Vital statistics of India. Vol. IV, Annual returns from 1871 to 1876. British Army of India, Native Army and jails of Bengal
Year: 1871
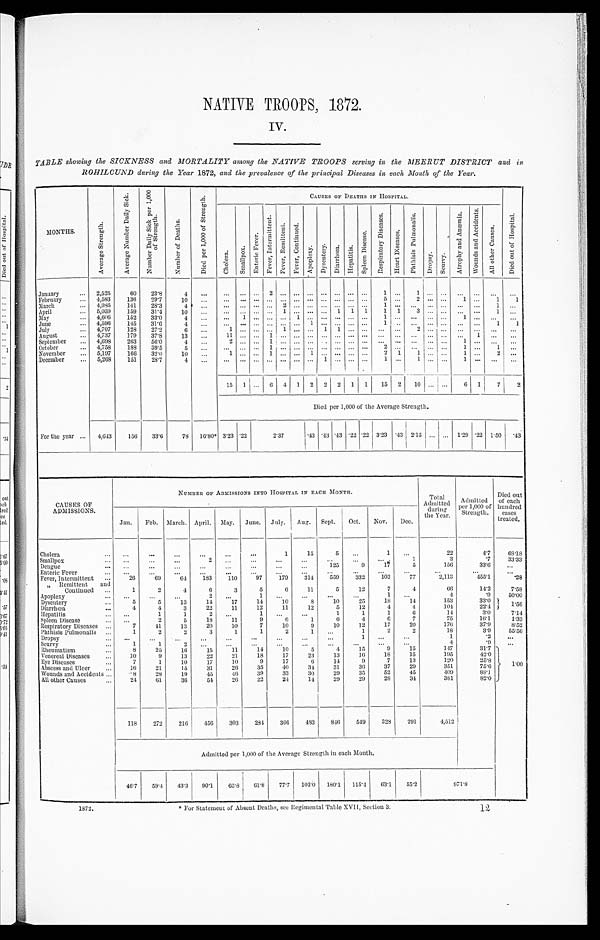
NATIVE TROOPS, 1872.
TABLE showing the SICKNESS and MORTALITY among the NATIVE TROOPS serving in the MEERUT DISTRICT and in
ROHILCUND during the Year 1872, and the prevalence of the principal Diseases in each Month of the Year.
MONTHS.
A v e r a g e S t r e n g t h .
A v e r a g e N u m b e r D a i l y S i c k .
N u m b e r D a i l y S i c k p e r 1 , 0 0 0 o f S t r e n g t h .
N u m b e r o f D e a t h s .
D i e d p e r 1 , 0 0 0 o f S t r e n g t h .
C A U S E S O F D E A T H S I N H O S P I T A L .
D i e d o u t o f H o s p i t a l .
C h o l e r a .
S ma l l p o x .
E n t e r i c F e v e r .
F e v e r , I n t e r m i t t e n t .
F e v e r , R e m i t t e n t .
F e v e r , C o n t i n u e d .
A p o p l e x y . D y s e n t e r y . D i a r r h œ a . H e p a t i t i s .
S p l e e n D i s e a s e .
R e s p i r a t o r y D i s e a s e s .
H e a r t D i s e a s e s .
P h t h i s i s P u l m o n a l i s .
D r o p s y .
S c u r v y .
A t r o p h y a n d A n æ m i a . W o u n d s a n d A c c i d e n t s .
A l l o t h e r C a u s e s .
January . . . 2,525
60 23.8
4
. . . . . . . . . . . . 2 . . . . . . . . . . . . . . . . . . . . . 1 . . . 1 . . .
. . . . . .
. . . . . .
. . .
February . . . 4,583 136 29.7 10
. . .
. . . . . . . . .. . . . . . . . . . . . . . . . . . . . . . . .
5 . . .
2 . . . . . . 1 . . . 1 1
March . . .
2 , 9 8 5 141 28.3
4
. . .
. . . . . . . . . . . . 2 . . . . . . . . . . . . . . . . . .
1 . . .
. . . . . . . . .
. . . . . .
1
. . .
Apri l . . .
5,059 159 31.4
10 . . . . . .. . . . . . . . . 1 . . . . . . . . . 1 1 1 1 1 3 . . . . . .
. . . . . . 1
. . .
May . . .
4,606 152 33.0
4 . . . . . . 1
. . .
. . . . . . 1 . . . . . . . . . . . . . . .
1 . . .
. . . . . . . . .
1 . . .
. . . . . .
June . . .
4,596 145 31.6
4 . . . . . . . . . . . . . . . . . . . . . 1
. . . . . . . . . . . .
1 . . .
. . . . . . . . . . . . 1
1
Jul y . . .
4,707 128 27.2
6 . . . 1 . . . . . .
. . . 1 . . . . . . 1 1 . . . . . . . . .
. . . 2 . . . . . . . . . . . . . . .
. . .
August . . .
4 , 7 3 7 179 37.8 13
. . . 11. . . . . .
1
. . . . . . . . . . . . . . . . . . . . . . . . . . .
. . . . . . . . . . . . 1
. . .
. . .
September . . . 4,698 263 56.0
4 . . . 2 . . . . . .
1
. . . . . . . . . . . . . . . . . . . . . . . . . . . . . . . . . . . . 1 . . . . . .
. . .
October . . .
4,758 188 39.5
5 . . . . . .. . . . . . 1 . . . . . . . . . . . . . . . . . . . . . 2
. . . . . . . . . . . . 1 . . . 1
. . .
November . . . 5,197 166 32.0 10
. . . 1 . . . . . .
1
. . . . . . 1 . . . . . . . . . . . . 2 1 1 . . . . . . 1 . . . 2
. . .
December . . . 5,268 151 28.7
4 . . . . . . . . . . . . . . . . . . . . . . . . 1 . . . . . . . . . 1 . . . 1 . . . . . . 1 . . .
. . . . . .
15 1 . . . 6 4 1 2 2 2 1 1 15 2 10 . . . . . .
6 1 7 2
Died per 1,000 of the Average Strength.
For the year. . . 4,643 156 33.6 78 16.80* 3.23 .22
2 . 3 7
.43 .43 .43 .22 .22 3.23 .43 2.15 . . . . . . 1.29 .22 1.50 .43
CAUSES OF
ADMISSIONS.
N U M B E R O F A D M I S S I O N S I N T O H O S P I T A L I N E A C H M O N T H .
Total
Admitted during
the Year.
Admitted
per 1,000 of
Strength.
Died out
of each
hundred
cases
treated.
Jan. Feb. March. April. May. June. July. Aug. Sept. Oct. Nov. Dec.
Cholera . . .
. . . . . .
. . .
. . .
. . .
. . .
1
1 5
5
. . .
1
. . .
2 2
4.7 68.18
Smallpox . . .
. . .
. . . . . .
2 . . .
. . . . . .
. . .
. . .
. . .
. . .
1
3
.7
33.33
Dengue . . .
. . . . . .
. . . . . .
. . .
. . .
. . .
. . .
125
9
1 7
5
156
33.6
. . .
Enteric Fever . . .
. . .
. . . . . .
. . .
. . .
. . . . . .
. . . . . .
. . .
. . .
. . .
. . .
. . .
. . .
Fever, Intermittent . . . 26
69
64 183 110
97 179 314 559 332 103
77
2,113
4 5 5 . 1
.28
„ Remittent and
Continued . . .
1
2
4
6
3
5
6
11
5
12
7
4
66
14.2
7.58
Apoplexy . . .
. . .
. . . . . .
2
. . .
1
. . . . . .
. . .
. . .
1
. . .
4
.9
50.00
Dysentery . . .
5
5
13
14
17
14
10
8
10
25
18
14
153
33.0 1.56
Diarrhœa . . .
4
4
3
22
11
12
11
12
5
12
4
4
104
22.4
Hepatitis . . .
. . .
1
1
2
. . .
1
. . . . . .
1
1
1
6
14
3.0
7.14
Spleen Disease . . .
. . .
2
5
18
11
9
6
1
6
4
6
7
75
16.1
1.33
Respiratory Diseases . . .
7
41
13
20
10
7
10
9
10
12
17
20
176
37.9
8.52
Phthisis Pulmonalis . . .
1
2
2
3
1
1
2
1
. . .
1
2
2
18
3.9 55.56
Dropsy . . .
. . . . . .
. . .
. . . . . .
. . .
. . .
. . .
. . .
1
. . . . . .
1
.2
. . .
Scurvy . . .
1
1
2
. . . . . .
. . .
. . .
. . .
. . .
. . .
. . .
. . .
4
.9
. . .
Rheumatism . . .
8
25
16
15
11
14 10
5
4
15
9
15
147
31.7 1. 00
Venereal Diseases . . .
10
9
13
22
21
18
17
23
13
16
18
15
195
42.0
Eye Diseases . . .
7
1
10
17
10
9
17
6
14
9
7
13
120
25.8
Abscess and Ulcer . . .
16
21
15
31
26 35
40
34 31
36
37
29
351
75.6
Wounds and Accidents . . .
8 28 19
45
46 39
33
30
29
35
52
45
409
88.1
All other Causes . . .
2 4
61
36
54
26
22
24
14
29
29
28
34
381
82.0
118 272 216 456 303 284 3 6 6 483 846 549 328 291
4,512
Admitted per 1,000 of the Average Strength in each Month.
46.7 59.4 43.3 90.1 65.8 61.8 77.7 102.0 180.1 115.4 63.1 55.2
9 7 1 . 8
* For Statement of Absent Deaths, see Regimental Table XVII, Section 3.
1872.
12